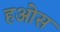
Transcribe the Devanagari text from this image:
हओस